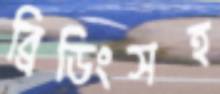
ব্রিডিংসহ